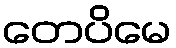
တေပိမေ